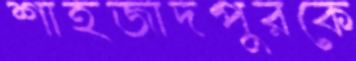
শাহজাদপুরকে